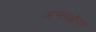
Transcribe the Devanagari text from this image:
अन्तओस